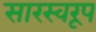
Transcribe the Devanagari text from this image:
सारस्वरूप